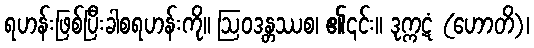
ရဟန်းဖြစ်ပြီးခါစရဟန်းကို။ ဩဝဒန္တဿစ၊ ၏၎င်း။ ဒုက္ကဋံ (ဟောတိ)၊